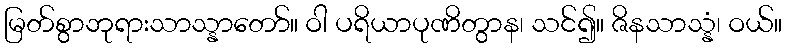
မြတ်စွာဘုရားသာသ္နာတော်။ ဝါ ပရိယာပုဏိတွာန၊ သင်၍။ ဇိနသာသ္နံ၊ ဝယ်။